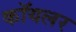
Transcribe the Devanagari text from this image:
कॉयलर